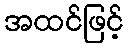
အထင်ဖြင့်